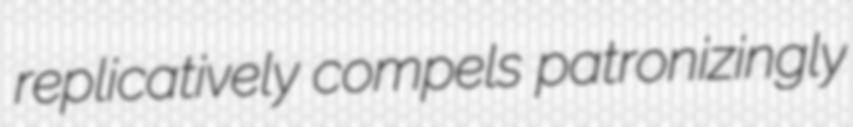
replicatively compels patronizingly